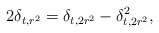
\begin{align*}2\delta_{t,r^2}=\delta_{t,2r^2}-\delta^2_{t,2r^2},\end{align*}